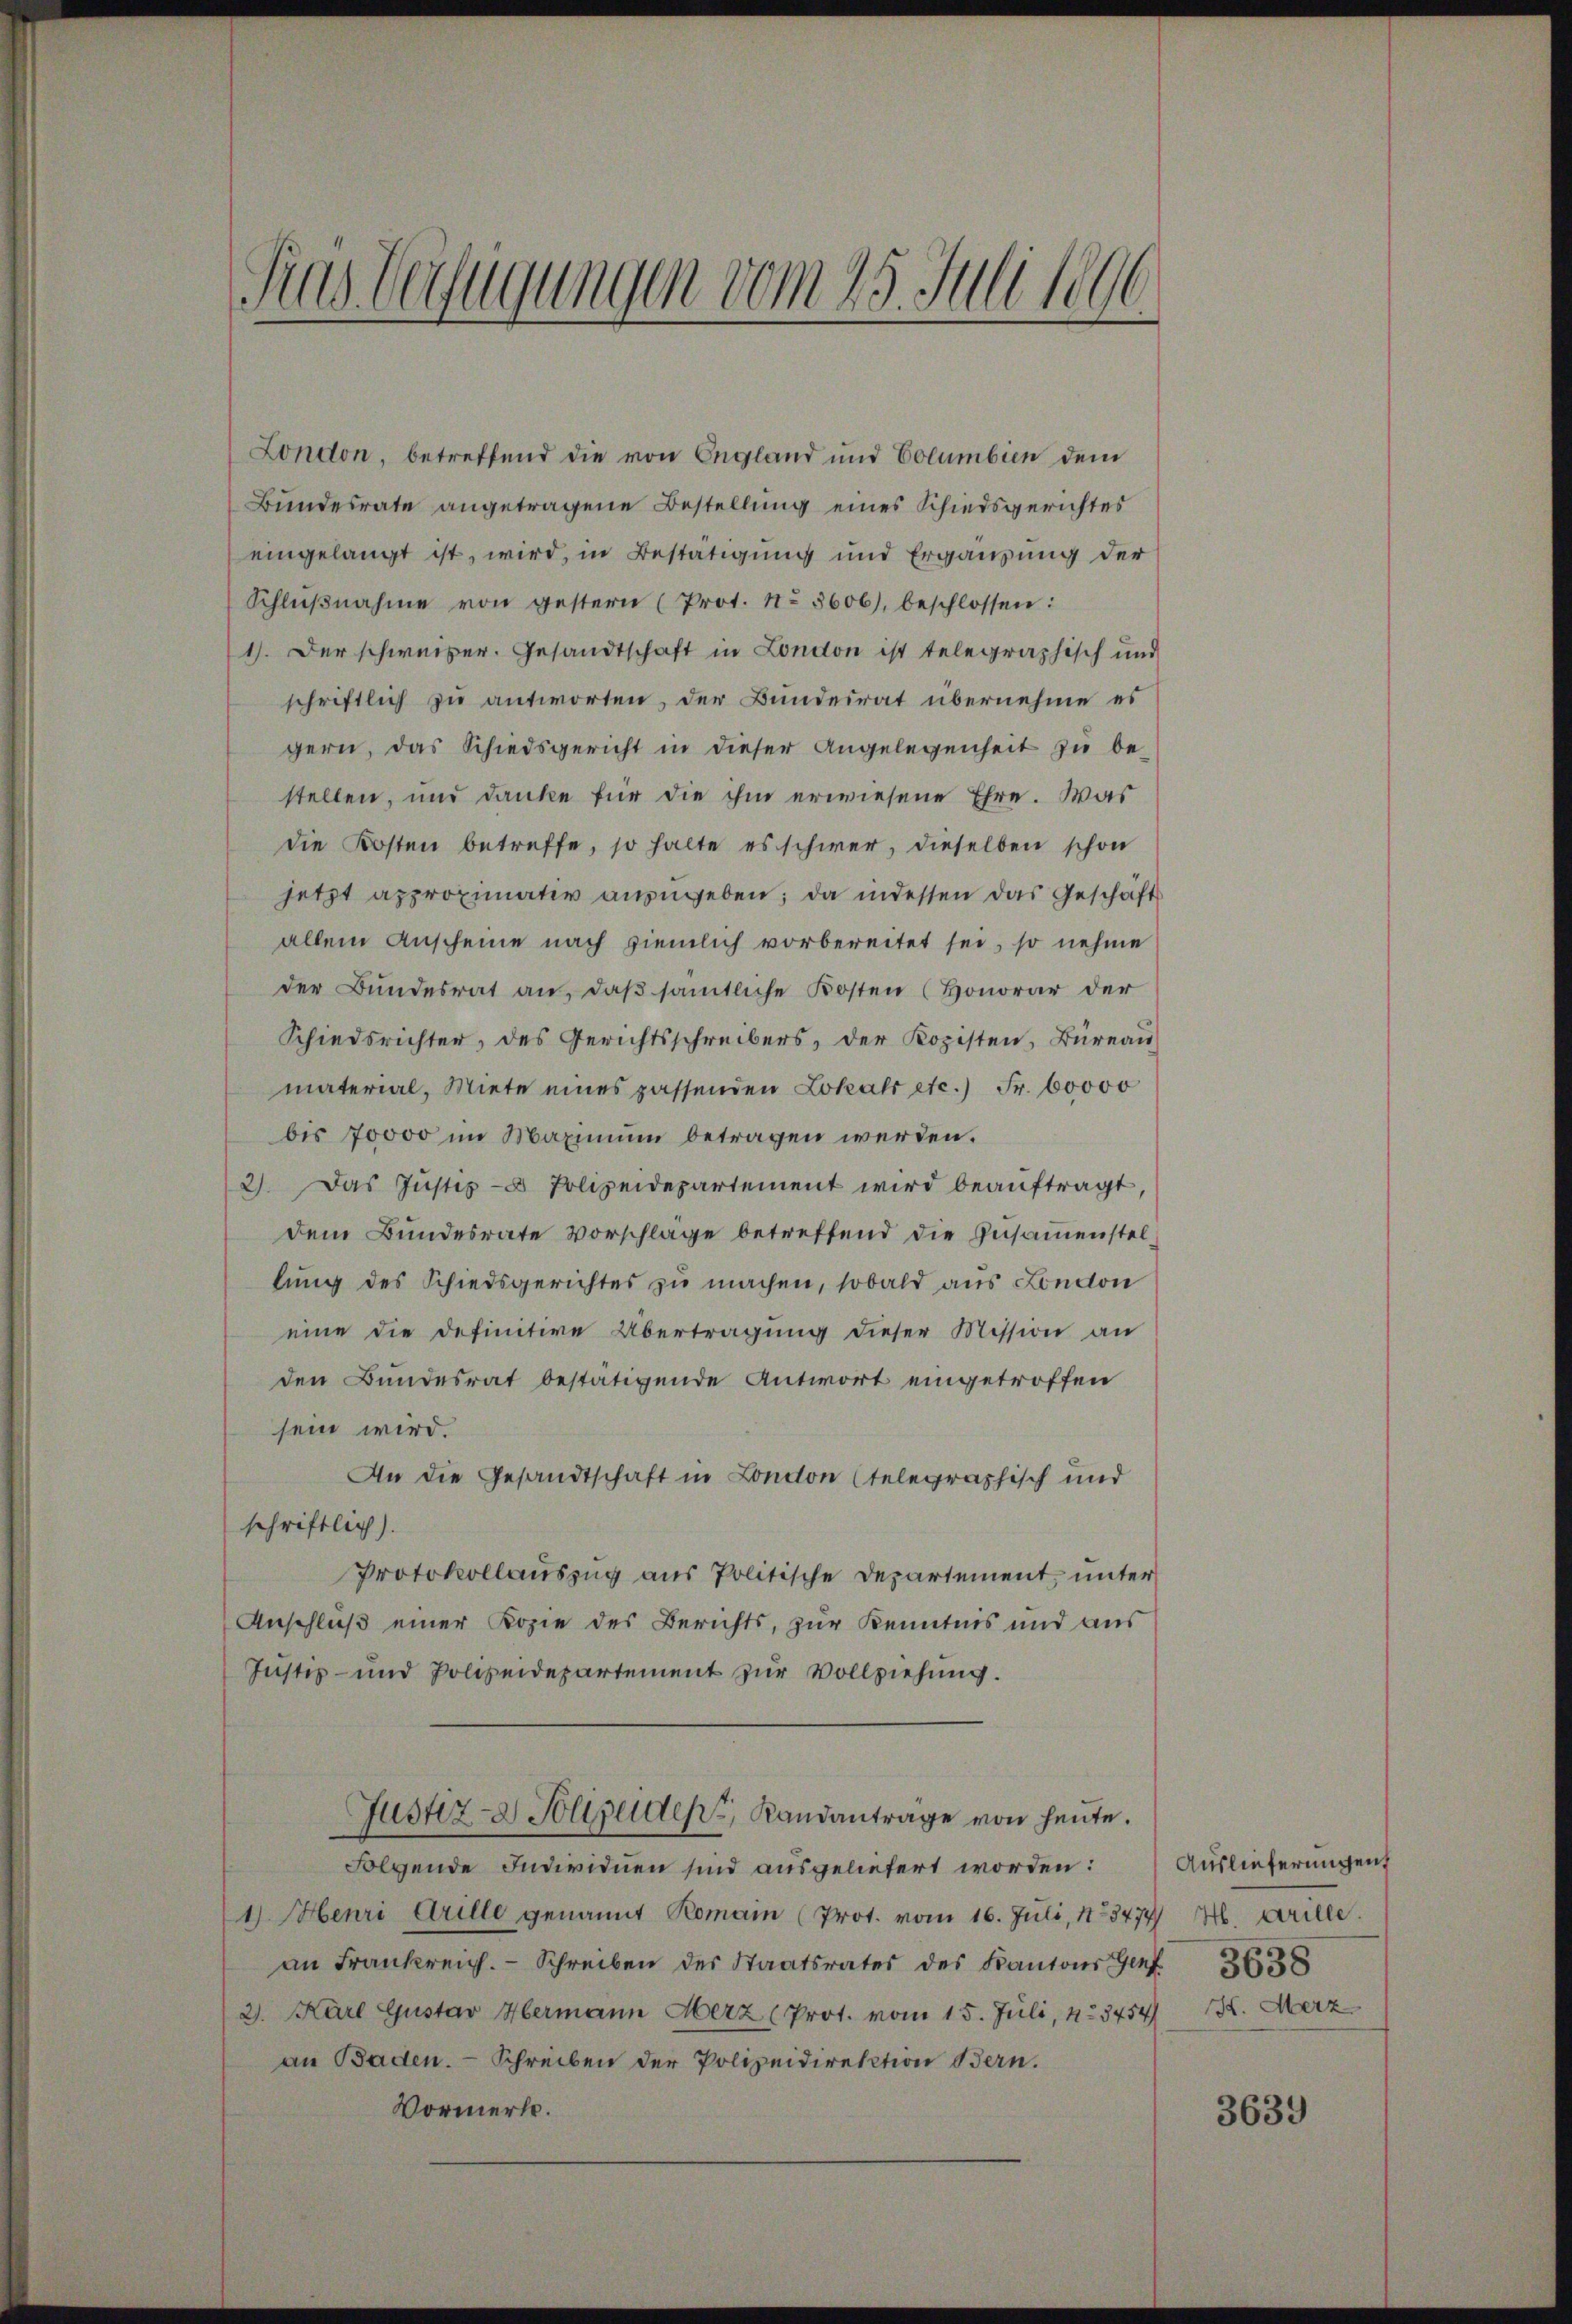
Fras Verfügungen vom 25. Juli 1896

London, betreffend die von England und Columbien dem
Bundesrate angetragene Bestellung eines Schiedsgerichtes
eingelangt ist, wird, in Bestätigung und Ergänzung der
Schlŭβnahme von gestern (Prot. No 3606), beschlossen:
1). Der schweiber. Gesandtschaft in London ist telegraphisch und
schriftlich zu antworten, der Bundesrat übernehme es
gern, das Schiedsgericht in dieser Angelegenheit zu be-
stellen, und danke für die ihm erwiesene Ehre. Was
die Kosten betreffe, so halte es schwer, dieselben schon
jetzt approximativ anzugeben; da indessen das Geschäft
allein Anscheine nach ziemlich vorbereitet sei, so nehme
der Bundesrat an, daβ sämtliche Kosten (Honorar der
Schiedsrichter, des Gerichtsschreibers, der Kopisten, Büreau
material, Miete eines passenden Lokal etc.) Fr. 60000
bis 70000 im Maximum betragen werden.
2) Das Jŭstiz- Polizeidepartement wird beaŭftragt,
dem Bundesrate Vorschläge betreffend die Zusammenstellung des Schiedsgerichtes zu machen, sobald aus London
eine die definitive Übertragŭng dieser Mission an
den Bundesrat bestätigende Antwort eingetroffen
sein wird.
An die Gesandtschaft in London telegraphisch und
schriftlich).
Protokollauszug aus Politische Departement, unter
Anschluß einer Kopie des Berichts, zur Kenntnis und aus
Justiz- und Polizeidepartement zur Vollziehung.
Justiz- & Polizeiden Randanträge von heute.
Folgende Individuen sind ausgeliefert worden:
1). Menri Arille genannt Romain (Prot. vom 16. Juli, 13474 H. Grille.
an Frankreich. Schreiben des Staatsrates des Kantons Genf 38
2. Karl Gustav Hermann Merz (Prot. vom 15. Juli, No 3454/12. Merz
an Baden. - Schreiben der Polizeidirektion Bern.
Vormerk.

Auslieferungen

3639